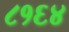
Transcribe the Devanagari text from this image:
८१६४